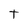
Character: t